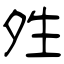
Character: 夝